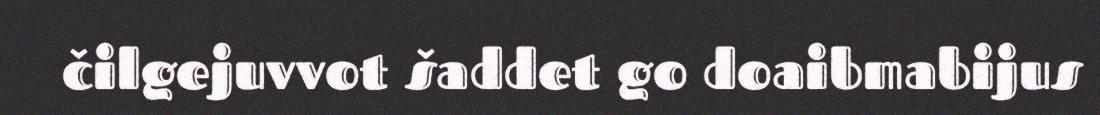
čilgejuvvot šaddet go doaibmabijus